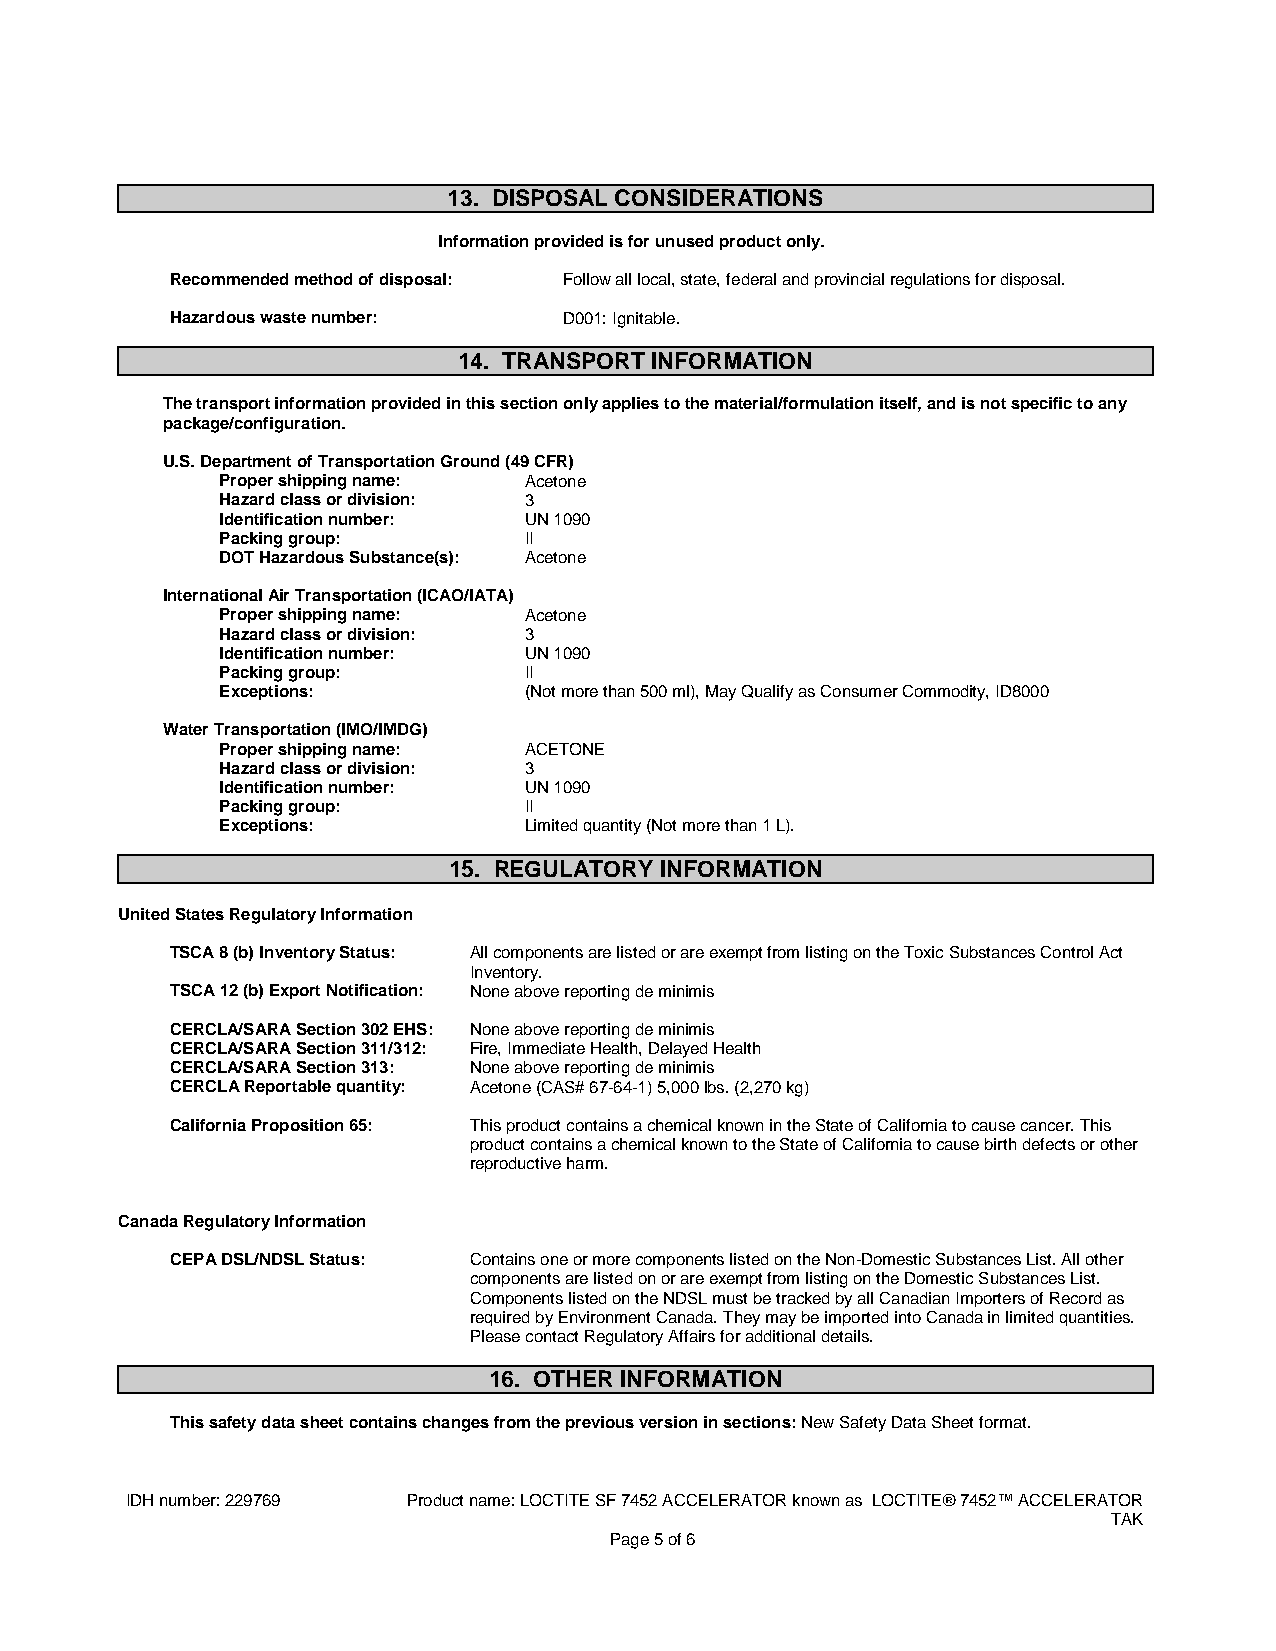
13. DISPOSAL CONSIDERATIONS
 Information provided is for unused product only.
 Recommended method of disposal: Follow all local, state, federal and provincial regulations for disposal.
 Hazardous waste number:   D001: Ignitable.
 14. TRANSPORT INFORMATION
 The transport information provided in this section only applies to the material/formulation itself, and is not specific to any
 package/configuration.
 U.S. Department of Transportation Ground (49 CFR)
 Proper shipping name: Acetone
 Hazard class or division: 3
 Identification number: UN 1090
 Packing group:      II
 DOT Hazardous Substance(s): Acetone
 International Air Transportation (ICAO/IATA)
 Proper shipping name: Acetone
 Hazard class or division: 3
 Identification number: UN 1090
 Packing group:      II
 Exceptions:         (Not more than 500 ml), May Qualify as Consumer Commodity, ID8000
 Water Transportation (IMO/IMDG)
 Proper shipping name: ACETONE
 Hazard class or division: 3
 Identification number: UN 1090
 Packing group:      II
 Exceptions:         Limited quantity (Not more than 1 L).
 15. REGULATORY INFORMATION
 United States Regulatory Information
 TSCA 8 (b) Inventory Status: All components are listed or are exempt from listing on the Toxic Substances Control Act
 Inventory.
 TSCA 12 (b) Export Notification: None above reporting de minimis
 CERCLA/SARA Section 302 EHS: None above reporting de minimis
 CERCLA/SARA Section 311/312: Fire, Immediate Health, Delayed Health
 CERCLA/SARA Section 313: None above reporting de minimis
 CERCLA Reportable quantity: Acetone (CAS# 67-64-1) 5,000 lbs. (2,270 kg)
 California Proposition 65: This product contains a chemical known in the State of California to cause cancer. This
 product contains a chemical known to the State of California to cause birth defects or other
 reproductive harm.
 Canada Regulatory Information
 CEPA DSL/NDSL Status: Contains one or more components listed on the Non-Domestic Substances List. All other
 components are listed on or are exempt from listing on the Domestic Substances List.
 Components listed on the NDSL must be tracked by all Canadian Importers of Record as
 required by Environment Canada. They may be imported into Canada in limited quantities.
 Please contact Regulatory Affairs for additional details.
 16. OTHER INFORMATION
 This safety data sheet contains changes from the previous version in sections: New Safety Data Sheet format.
 IDH number: 229769 Product name: LOCTITE SF 7452 ACCELERATOR known as LOCTITE® 7452™ ACCELERATOR
 TAK
 Page 5 of 6